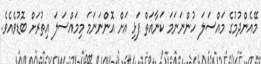
މޭއެންދުމުގެ މައްސަލަ ހުންނަނަމަ ކަނާއަތް ފަޅި އަށް އޮންނަނަމަ މިމައްސަލަ އިތުރަށް ބޮޑުވެއެވެ.